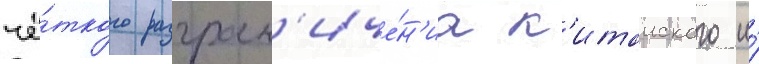
чё́ткого разгран'иче́н'иа к'итаиского и́